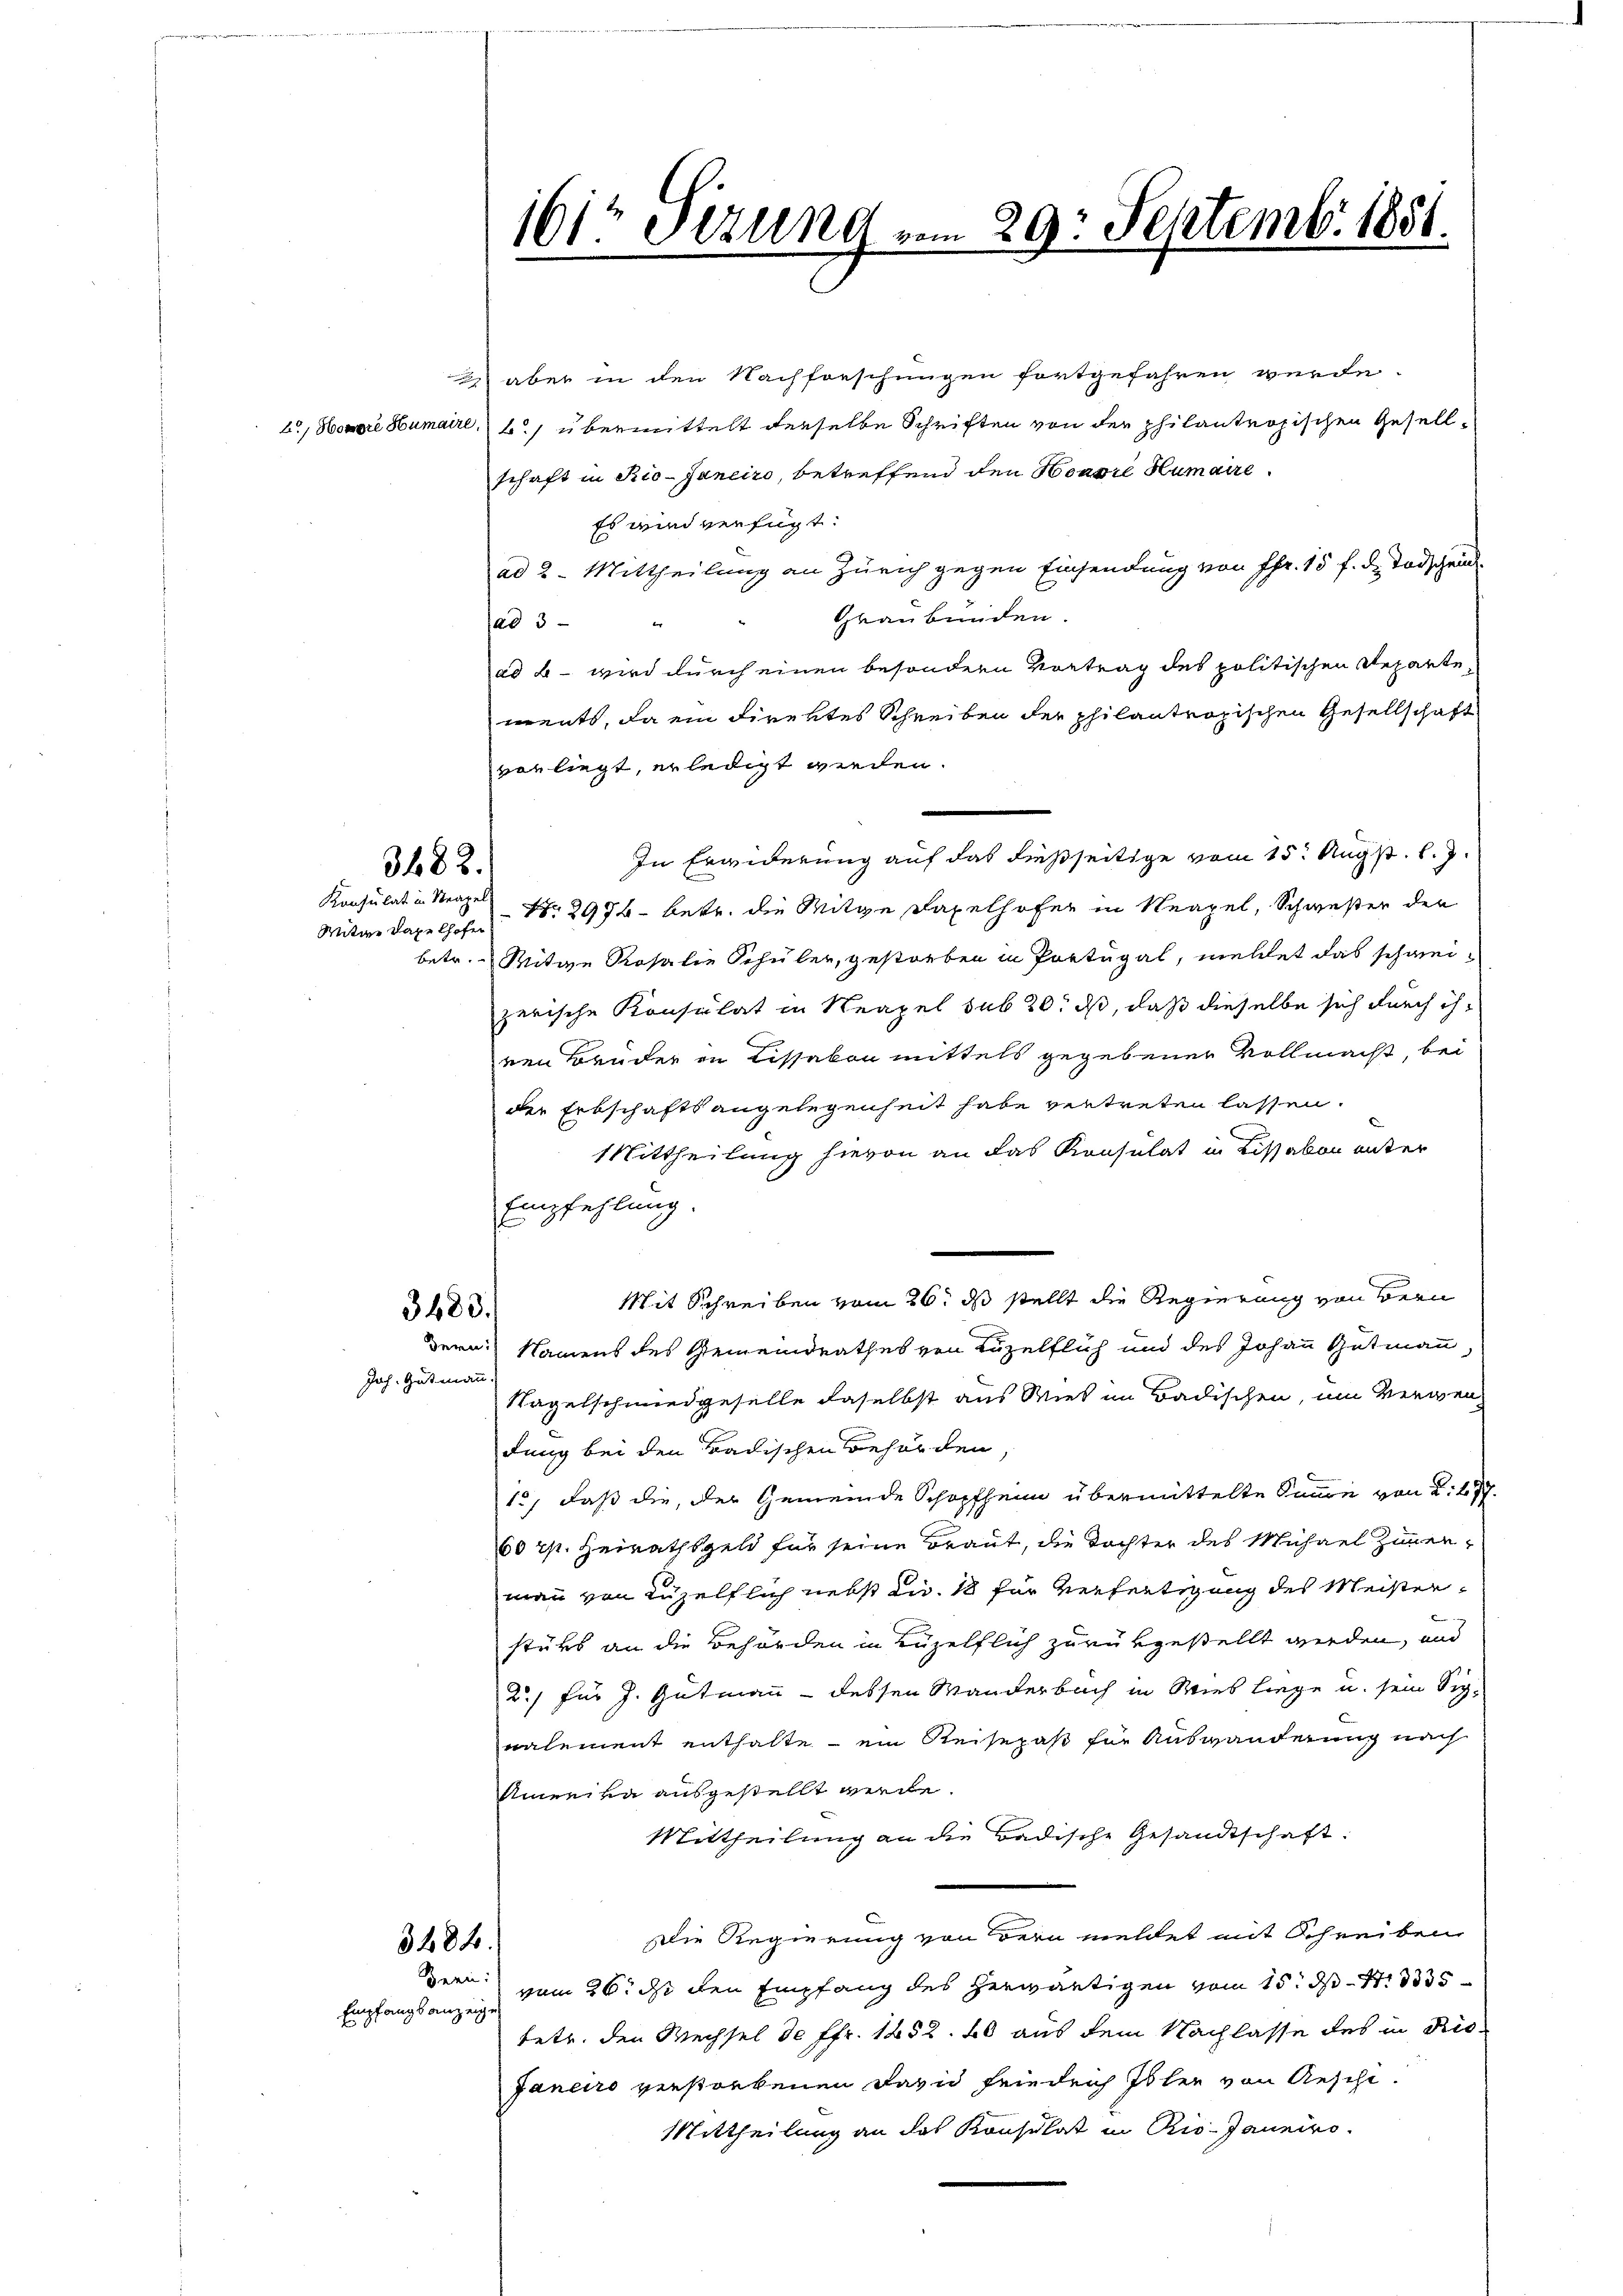
Witwe daselhofen

3482.

Joh. Gutmann.

Empfangsanzeige

1612 Sizung vom 29. Septemb. 1881.

1 aber in den Nachforschungen fortgefahren wurde.
, Honore Humaire, b.) übermittelt derselbe Schriften von der philantropischen Gesellschaft in Rio-Janeiro, betreffend den Honore Humaire
Es wird verfügt:
ad 2. Mittheilung an Zürich gegen Einsendung von Fr. 15 f. d. Todschein
Graubünden.
sad 5
e
ad b. wird durch einen besondern Vortrag des politischen Repartements, da ein direktes Schreiben der philantropischen Gesellschaft
vorliegt, erledigt werden.
In Erwiderung auf das dießseitige vom 15. Augst. l. J.
Konsulat in Neapel No 2976 betr. die Mitge Taxelhofer in Neapel, Schwester der
betr. Witwe Rosalie Schüler, gestorben in Portugal, meldet das schweizerische Konsulat in Neapel sub 20. ds, daß dieselbe sich durch ihren Brüder in Lissakon mittels gegebener Vollmacht, bei
der Erbschaftsangelegenheit habe vertreten lassen.
Mittheilung hievon an das Konsulat in Lissakon unter
Empfehlung.
Mit Schreiben vom 26. ds stellt die Regierung von Bern
3483.
dern Namens des Gemeindrathes von Luzelflich und des Johann Gutmann,
Nagelschmiedgeselle daselbst aus Wies im Badischen, um Verwendung bei den Badischen Behörden
1., daß die, der Gemeinde Schopfheim übermittelte Summe von 2. 477.
60 rp. Heirathsgeld für seine Braut, die Tochter des Michael Zimmer-
man von Luzelflich nebst die 18 für Verfertigung des Meisterstüks an die Behörden in Luzelflich zurükgestellt werden, und
2/ für J. Gutmann - dessen Wanderbach in Wies liege u. sein Signalement enthalte - ein Reisepaß für Auswanderung nach
Amieiva ausgestellt werde.
Mittheilung an die Badische Gesandtschaft:
Die Regierung von dern meldet mit Schreiben
3484.
Bern. 26. ds den Empfang des herwärtigen vom 15. d. 1. 335
tetr. den Wechsel de ffr. 1852. 20 aus dem Nachlasse des in Rio-
Janeiro verstorbenen David friedrich Isler von Aesche.
Mittheilung an des Konsulat in Rio-Janeiro